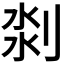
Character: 𠝃